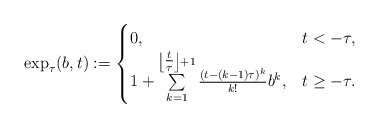
\begin{align*} \exp_{\tau}(b, t) := \begin{cases} 0, & t < -\tau, \\ 1 + \sum\limits_{k = 1}^{\left\lfloor \tfrac{t}{\tau}\right\rfloor + 1} \frac{(t - (k - 1) \tau)^{k}}{k!} b^{k}, & t \geq -\tau. \end{cases} \end{align*}